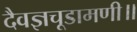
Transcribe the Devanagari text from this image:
दैवज्ञचूडामणी॥